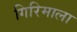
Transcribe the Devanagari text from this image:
गिरिमाला